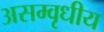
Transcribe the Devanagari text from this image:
असम्वृधीय